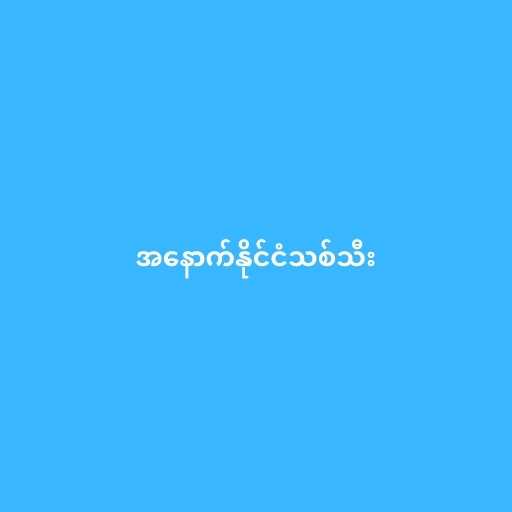
အနောက်နိုင်ငံသစ်သီး